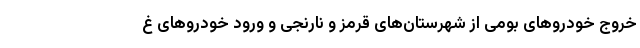
خروج خودروهای بومی از شهرستان‌های قرمز و نارنجی و ورود خودروهای غ